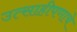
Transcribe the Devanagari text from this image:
उत्साहीपणाचे